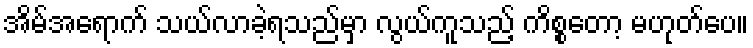
အိမ်အရောက် သယ်လာခဲ့ရသည်မှာ လွယ်ကူသည့် ကိစ္စတော့ မဟုတ်ပေ။